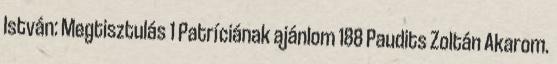
István: Megtisztulás 1 Patríciának ajánlom 188 Paudits Zoltán Akarom.